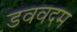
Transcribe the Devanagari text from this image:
डववदम